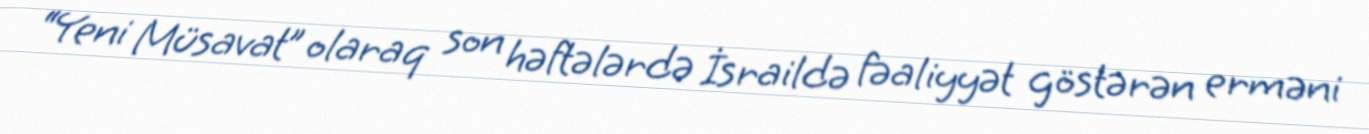
“Yeni Müsavat” olaraq son həftələrdə İsraildə fəaliyyət göstərən erməni